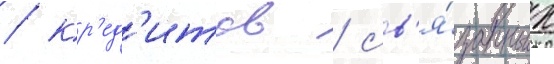
/ кр'ед'итов / св'я́занных